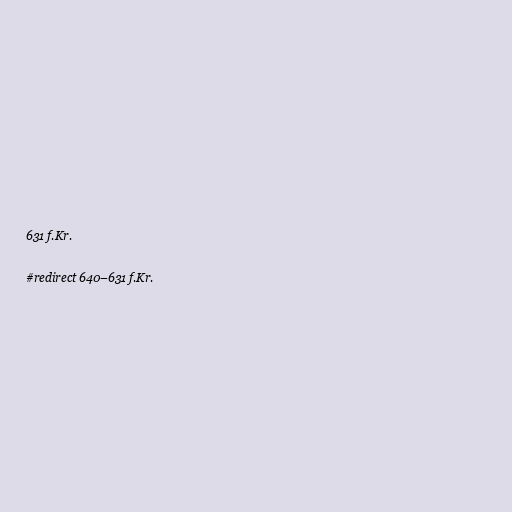
631 f.Kr.

#redirect 640–631 f.Kr.